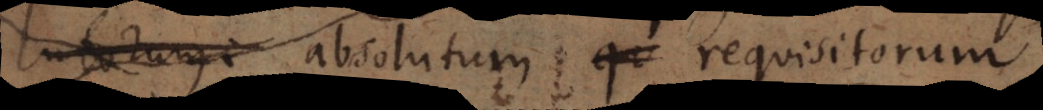
lutorum. absolutum qu requisitorum